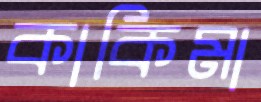
কাকিমা